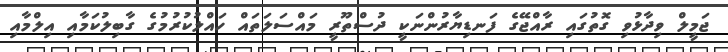
ޖަމީލް ވިދާޅުވި ގޮތުގައި ރާއްޖޭގެ ފަނޑިޔާރުންނަކީ ދުސްތޫރީ މައްސަލަތައް ހައްލުކުރުމުގެ ގާބިލުކަމާއި އިލްމާއި